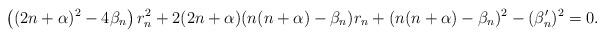
LaTeX: \begin{align*}\left((2n+\alpha)^2 -4\beta_n \right)r_n^{2}+2(2n+\alpha)(n(n+\alpha)-\beta_n)r_n+(n(n+\alpha)-\beta_n)^{2} -(\beta_n')^{2}=0.\end{align*}